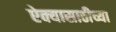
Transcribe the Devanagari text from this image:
ऐक्यासाठीच्या